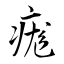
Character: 痝